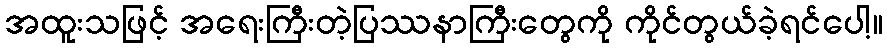
အထူးသဖြင့် အရေးကြီးတဲ့ပြဿနာကြီးတွေကို ကိုင်တွယ်ခဲ့ရင်ပေါ့။